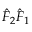
\hat { F } _ { 2 } \hat { F } _ { 1 }